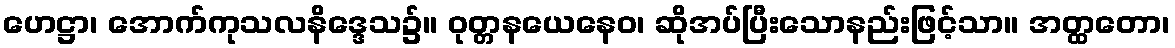
ဟေဋ္ဌာ၊ အောက်ကုသလနိဒ္ဒေသ၌။ ဝုတ္တနယေနေဝ၊ ဆိုအပ်ပြီးသောနည်းဖြင့်သာ။ အတ္ထတော၊